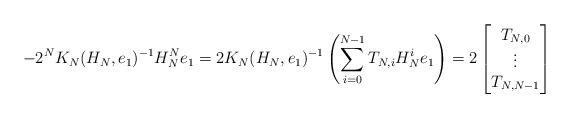
LaTeX: \begin{align*} -2^NK_N(H_N,e_1)^{-1}H_N^Ne_1= 2K_N(H_N,e_1)^{-1}\left(\sum\limits_{i=0}^{N-1} T_{N,i} H_N^i e_1\right)= 2\begin{bmatrix} T_{N,0}\\ \vdots\\ T_{N,N-1} \end{bmatrix}\end{align*}